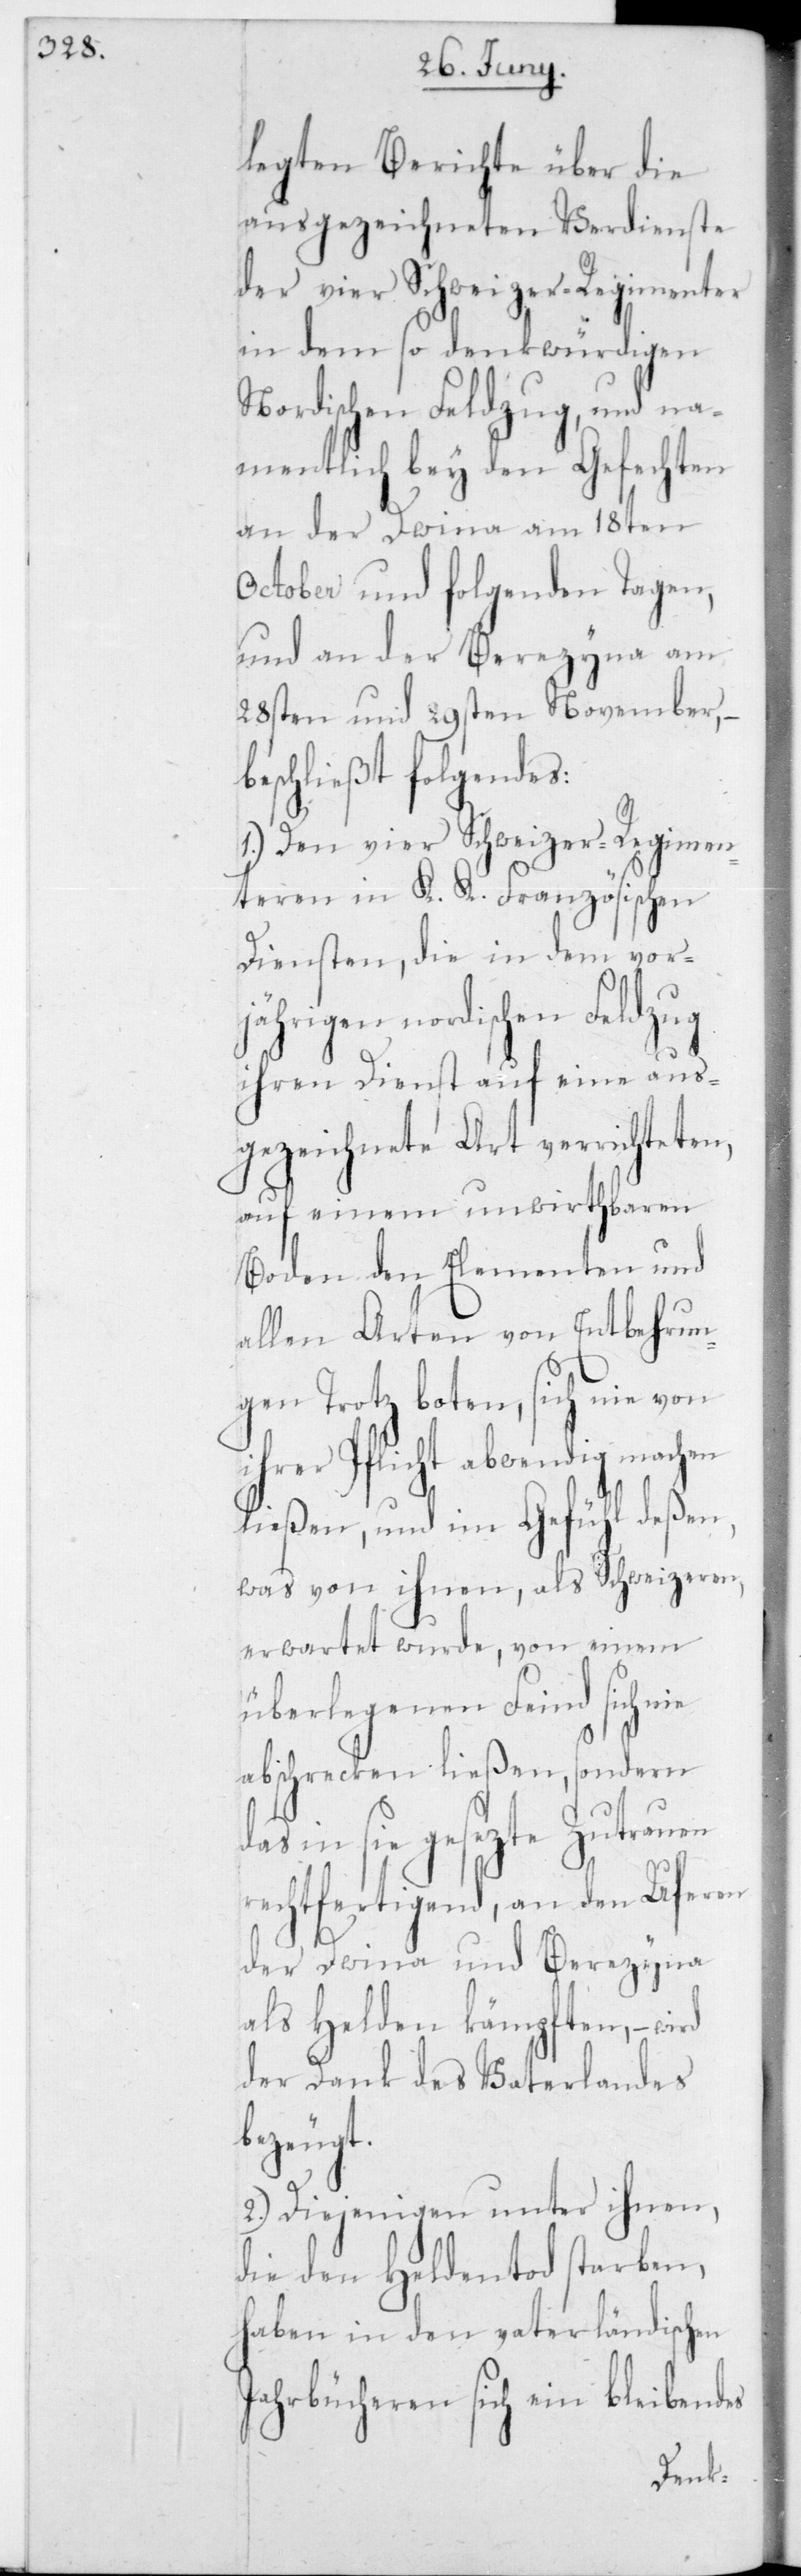
legten Berichte über die
ausgezeichneten Verdienste
der vier Schweizer-Regimenter
in dem so denkwürdigen
Nordischen Feldzug, und na¬
mentlich bey den Gefechten
an der Dwina am 18ten
October und folgenden Tagen,
und an der Berezyna am
28sten und 29sten November, –
beschließt folgendes:
1.) Den vier Schweizer-Regimen¬
teren in K. K. Französischen
Diensten, die in dem vorjä¬
hrigen nordischen Feldzug
ihren Dienst auf eine aus¬
gezeichnete Art verrichteten,
auf einem unwirthbaren
Boden den Elementen und
allen Arten von Entbehrun¬
gen Trotz boten, sich nie von
ihrer Pflicht abwendig machen
ließen, und im Gefühl deßen,
was von ihnen als Schweizeren,
erwartet wurde, von einem
überlegenen Feind sich
abschrecken ließen, sondern
in sie gesezte Zutrauen
rechtfertigend, an den Uferen
der Dwina und Berezyna
als Helden kämpften, – wird
der Dank des Vaterlandes
bezeugt.
2.) Diejenigen unter ihnen,
die den Heldentod starben,
haben in den vaterländischen
Jahrbücheren sich ein bleibendes